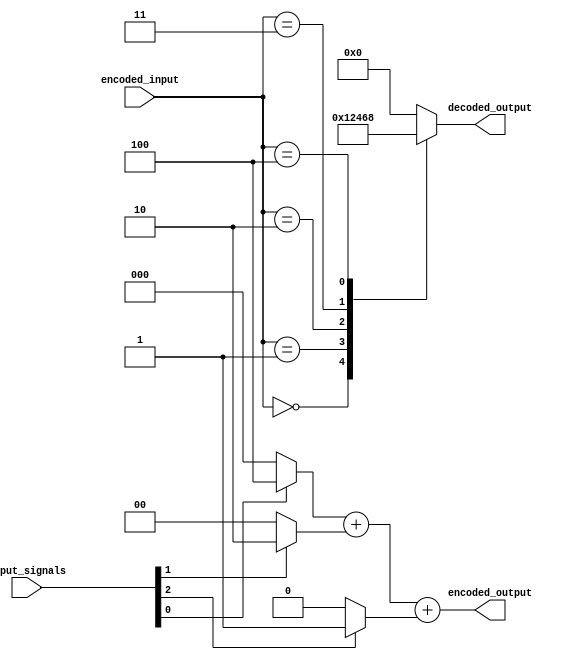
module priority_encoder_decoder (
    input [3:0] input_signals,
    output [3:0] encoded_output,
    input [3:0] encoded_input,
    output [3:0] decoded_output
);

// Priority Encoder
assign encoded_output = (input_signals[0] ? 4 : 0) +
                       (input_signals[1] ? 2 : 0) +
                       (input_signals[2] ? 1 : 0);

// Priority Decoder
always @* begin
    case(encoded_input)
        0: decoded_output = 4'b0001;
        1: decoded_output = 4'b0010;
        2: decoded_output = 4'b0100;
        3: decoded_output = 4'b0110;
        4: decoded_output = 4'b1000;
        default: decoded_output = 4'b0000;
    endcase
end

endmodule